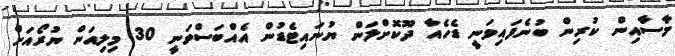
މާސާއިން ކުރިން ބުނެފައިވަނީ ޑެހެއާ ދޫކޮށްލަން ޔުނައިޓެޑުން އެއްބަސްވަނީ 30 މިލިއަން ޔުރޯއަށް